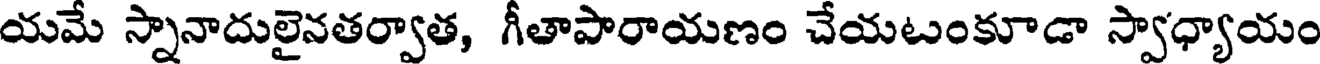
యమే స్నానాదులైనతర్వాత, గీతాపారాయణం చేయటంకూడా స్వాధ్యాయం